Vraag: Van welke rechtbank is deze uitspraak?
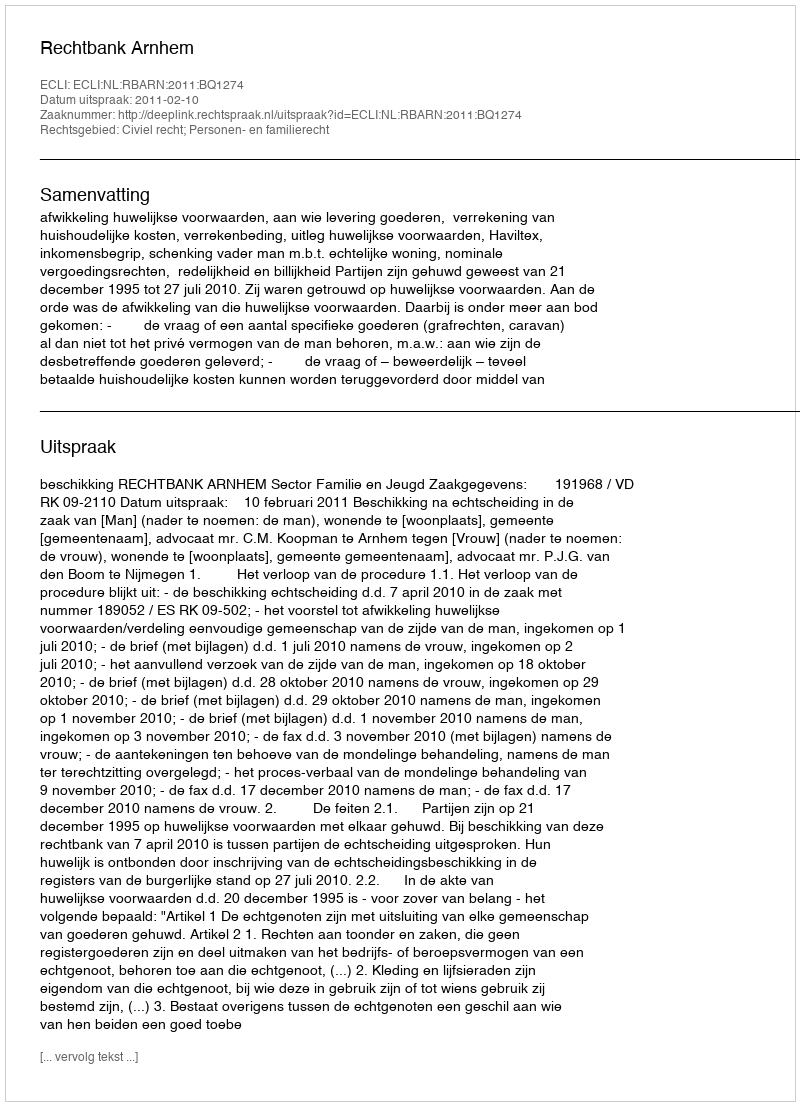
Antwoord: Rechtbank Arnhem